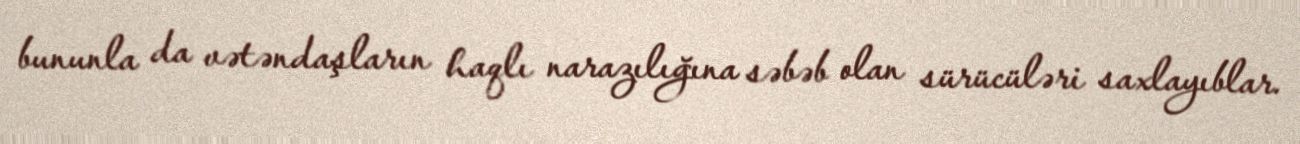
bununla da vətəndaşların haqlı narazılığına səbəb olan sürücüləri saxlayıblar.